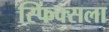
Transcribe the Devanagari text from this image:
स्फिंक्सला